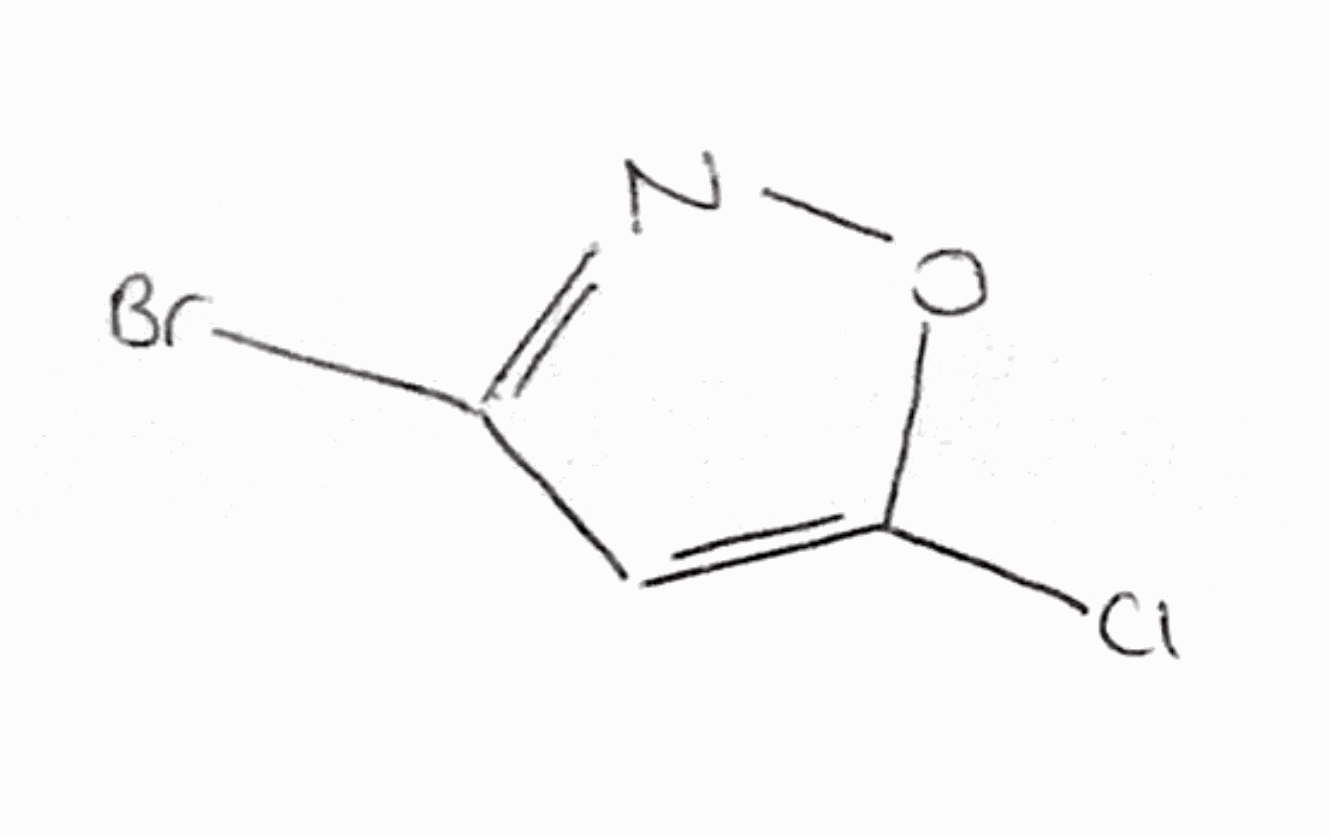
Simplified molecular-input line-entry system (SMILES) notation of the given molecule:
C1=C(ON=C1Br)Cl